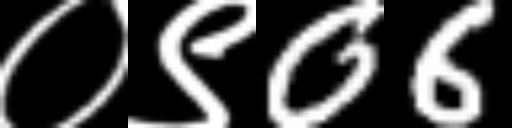
Text: ०९06